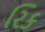
રિક